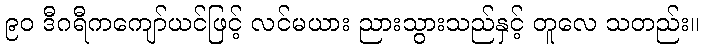
၉၀ ဒီဂရီကကျော်ယင်ဖြင့် လင်မယား ညားသွားသည်နှင့် တူလေ သတည်း။